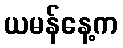
ယမန်နေ့က